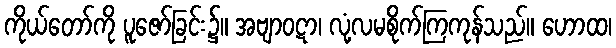
ကိုယ်တော်ကို ပူဇော်ခြင်း၌။ အဗျာဝဋာ၊ လုံ့လမစိုက်ကြကုန်သည်။ ဟောထ၊